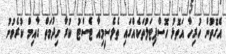
އެގޮތުން ހުރިހާ އަތޮޅު ހޮސްޕިޓަލުތަކެއްގައި ތެލެސީމިއާ ޓެސްޓު ކުރާ ހިދުމަތް ގާއިމް ކުރެވުނު